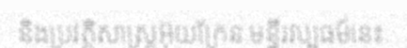
និងប្រវត្តិសាស្ត្រអ៊ុយក្រែន.មន្ទីរវប្បធម៍នេះ.